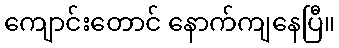
ကျောင်းတောင် နောက်ကျနေပြီ။